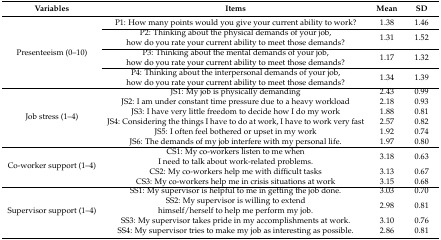
| Variables | Items | Mean | SD |
 | --- | --- | --- | --- |
 | <ROWSPAN=4> Presenteeism (0–10) | P1: How many points would you give your current ability to work? | 1.38 | 1.46 |
 | P2: Thinking about the physical demands of your job, how do you rate your current ability to meet those demands? | 1.31 | 1.52 |
 | P3: Thinking about the mental demands of your job, how do you rate your current ability to meet those demands? | 1.17 | 1.32 |
 | P4: Thinking about the interpersonal demands of your job, how do you rate your current ability to meet those demands? | 1.34 | 1.39 |
 | <ROWSPAN=6> Job stress (1–4) | JS1: My job is physically demanding | 2.43 | 0.99 |
 | JS2: I am under constant time pressure due to a heavy workload | 2.18 | 0.93 |
 | JS3: I have very little freedom to decide how I do my work | 1.88 | 0.81 |
 | JS4: Considering the things I have to do at work, I have to work very fast | 2.57 | 0.82 |
 | JS5: I often feel bothered or upset in my work | 1.92 | 0.74 |
 | JS6: The demands of my job interfere with my personal life. | 1.97 | 0.80 |
 | <ROWSPAN=3> Co-worker support (1–4) | CS1: My co-workers listen to me when I need to talk about work-related problems. | 3.18 | 0.63 |
 | CS2: My co-workers help me with difficult tasks | 3.13 | 0.67 |
 | CS3: My co-workers help me in crisis situations at work | 3.15 | 0.68 |
 | <ROWSPAN=4> Supervisor support (1–4) | SS1: My supervisor is helpful to me in getting the job done. | 3.03 | 0.70 |
 | SS2: My supervisor is willing to extend himself/herself to help me perform my job. | 2.98 | 0.81 |
 | SS3: My supervisor takes pride in my accomplishments at work. | 3.10 | 0.76 |
 | SS4: My supervisor tries to make my job as interesting as possible. | 2.86 | 0.81 |